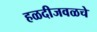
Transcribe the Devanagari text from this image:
हळदीजवळचे